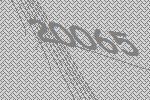
20065